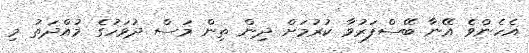
އެހެންވެ އޭނާ ބޭސްފަރުވާ ކުރުމަށް ދިން ތިން މަސް ދުވަހުގެ މުއްދަތު މި